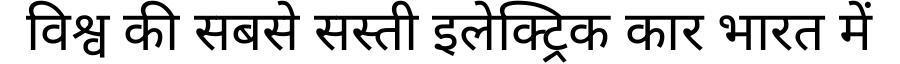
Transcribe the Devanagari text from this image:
विश्व की सबसे सस्ती इलेक्ट्रिक कार भारत में